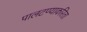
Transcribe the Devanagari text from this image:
पालटण्याकरिता